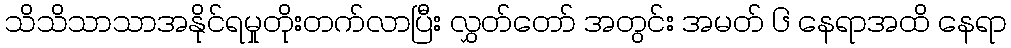
သိသိသာသာအနိုင်ရမှုတိုးတက်လာပြီး လွှတ်တော် အတွင်း အမတ် ၆ နေရာအထိ နေရာ